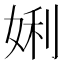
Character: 娳